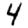
Digit: 4